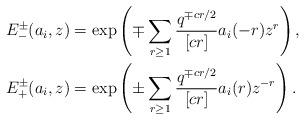
LaTeX: \begin{align*} &E_{-}^{\pm}(a_{i},z)=\exp\left(\mp\sum_{r\geq 1}\frac{q^{\mp cr/2}}{[cr]}a_{i}(-r)z^{r}\right),\\ &E_{+}^{\pm}(a_{i},z)=\exp\left(\pm\sum_{r\geq 1}\frac{q^{\mp cr/2}}{[cr]}a_{i}(r)z^{-r}\right).\end{align*}